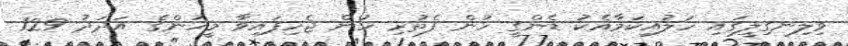
ވިލިނގިލީގައި ހަލުއިކަމާއެކު ޑެންގީ ހުން ފެތުރި ހުން ޖެހިފައިވާ މީހުންގެ އަދަދު 129